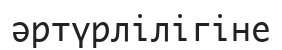
әртүрлілігіне